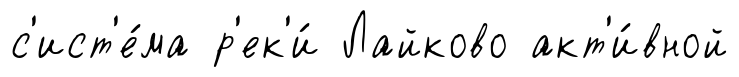
с'ист'е́ма р'ек'и́ Лайково акт'и́вной